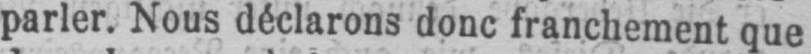
parler. Nous déclarons donc franchement que